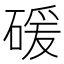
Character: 𥔛